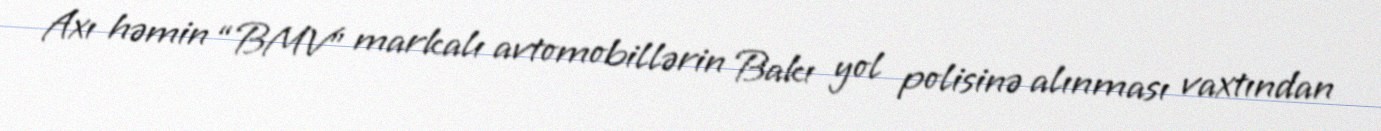
Axı həmin “BMV” markalı avtomobillərin Bakı yol polisinə alınması vaxtından